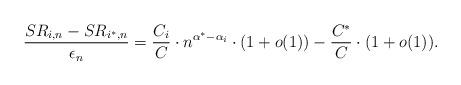
LaTeX: \begin{align*}\frac {SR_{i,n} -SR_{i^*,n}} {\epsilon_n} = \frac { C_i} C \cdot n^{\alpha^* - \alpha_i} \cdot(1+o(1)) - \frac {C^*} C \cdot(1+o(1)). \end{align*}